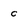
Character: c